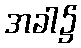
အခါ၌